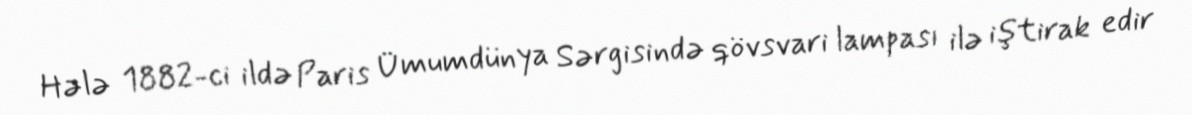
Hələ 1882-ci ildə Paris Ümumdünya Sərgisində qövsvari lampası ilə iştirak edir